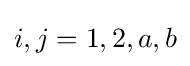
i,j=1,2,a,b